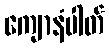
ကျောနံပါတ်